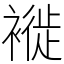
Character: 褷